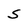
Character: S